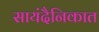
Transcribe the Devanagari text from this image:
सायंदैनिकात